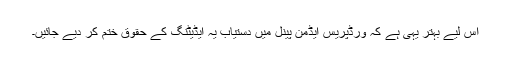
اس لیے بہتر یہی ہے کہ ورڈپریس ایڈمن پینل میں دستیاب یہ ایڈیٹنگ کے حقوق ختم کر دیے جائیں۔